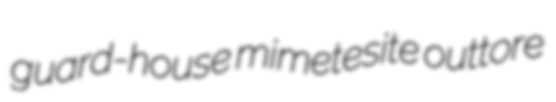
guard-house mimetesite outtore